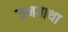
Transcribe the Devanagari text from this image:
जनगाथा